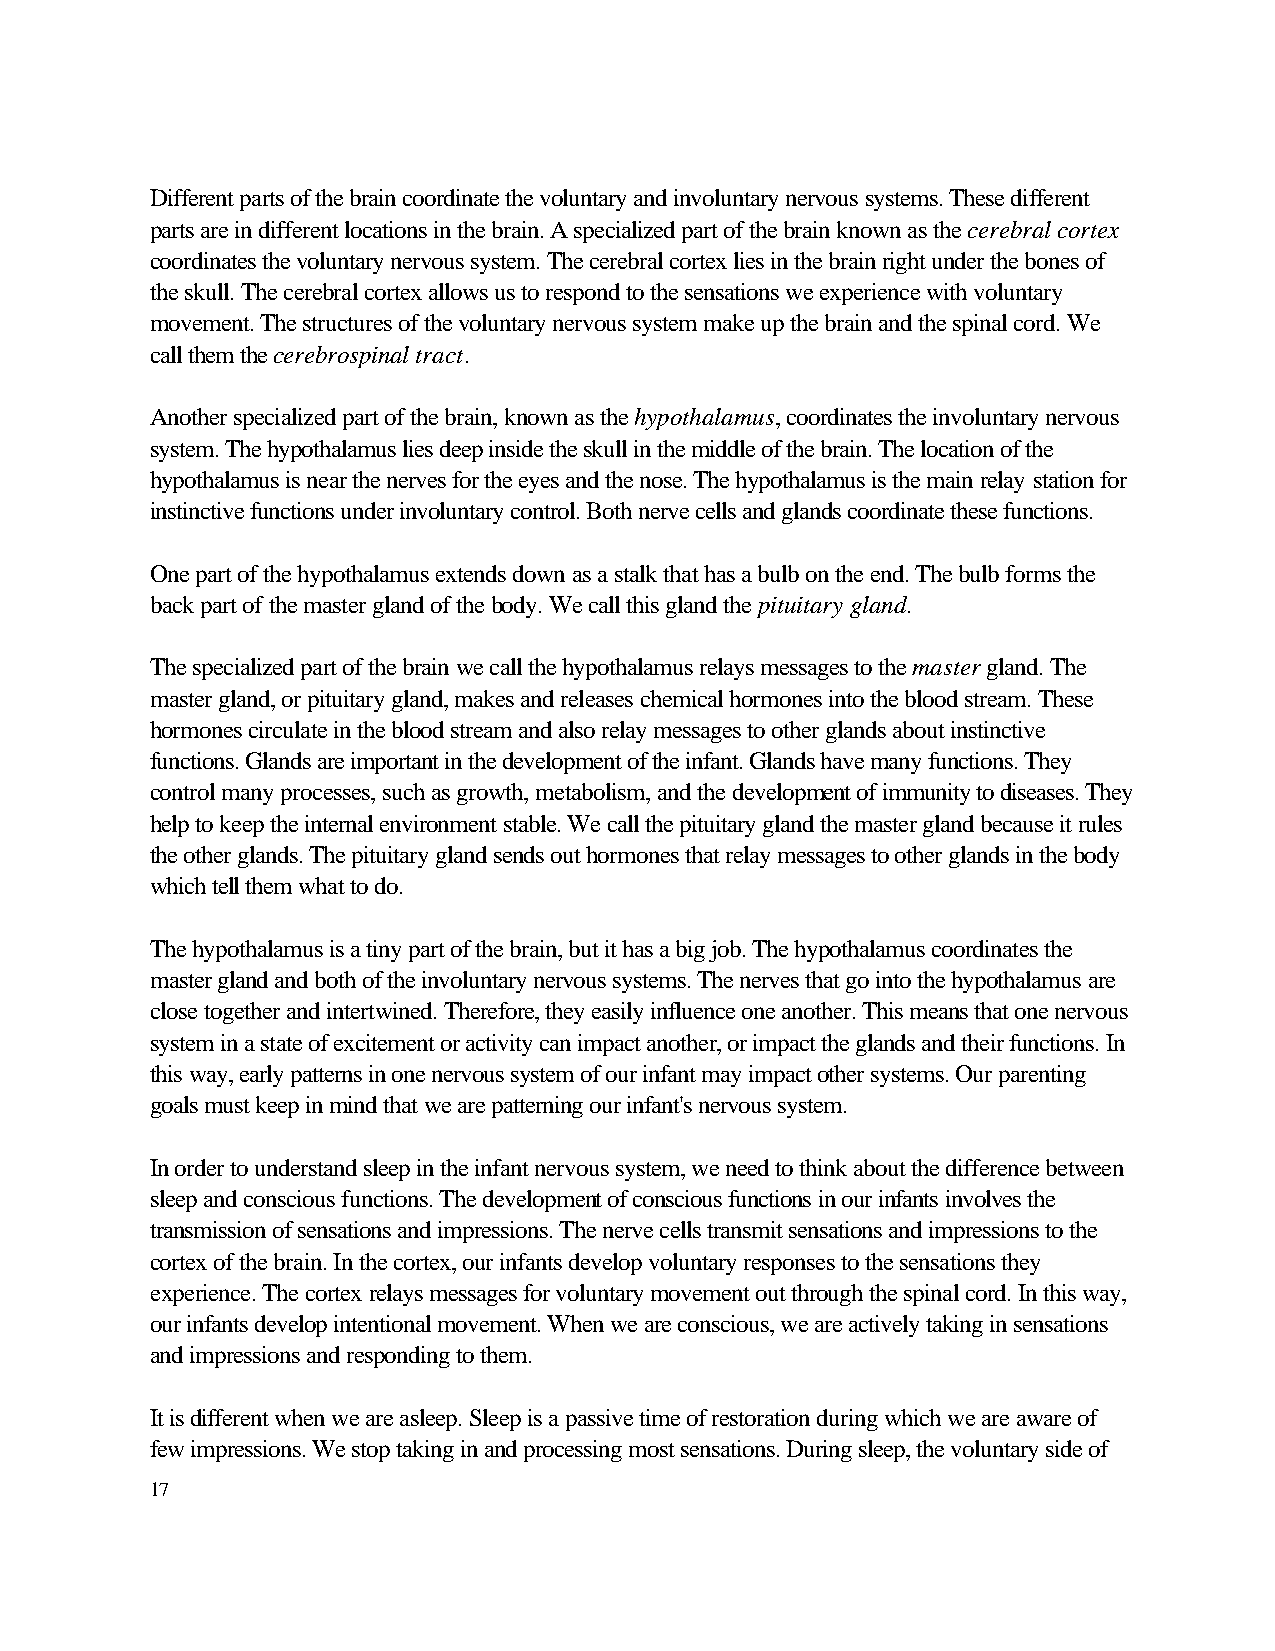
Different parts of the brain coordinate the voluntary and involuntary nervous systems. These different
 parts are in different locations in the brain. A specialized part of the brain known as the cerebral cortex
 coordinates the voluntary nervous system. The cerebral cortex lies in the brain right under the bones of
 the skull. The cerebral cortex allows us to respond to the sensations we experience with voluntary
 movement. The structures of the voluntary nervous system make up the brain and the spinal cord. We
 call them the cerebrospinal tract.
 Another specialized part of the brain, known as the hypothalamus, coordinates the involuntary nervous
 system. The hypothalamus lies deep inside the skull in the middle of the brain. The location of the
 hypothalamus is near the nerves for the eyes and the nose. The hypothalamus is the main relay station for
 instinctive functions under involuntary control. Both nerve cells and glands coordinate these functions.
 One part of the hypothalamus extends down as a stalk that has a bulb on the end. The bulb forms the
 back part of the master gland of the body. We call this gland the pituitary gland.
 The specialized part of the brain we call the hypothalamus relays messages to the master gland. The
 master gland, or pituitary gland, makes and releases chemical hormones into the blood stream. These
 hormones circulate in the blood stream and also relay messages to other glands about instinctive
 functions. Glands are important in the development of the infant. Glands have many functions. They
 control many processes, such as growth, metabolism, and the development of immunity to diseases. They
 help to keep the internal environment stable. We call the pituitary gland the master gland because it rules
 the other glands. The pituitary gland sends out hormones that relay messages to other glands in the body
 which tell them what to do.
 The hypothalamus is a tiny part of the brain, but it has a big job. The hypothalamus coordinates the
 master gland and both of the involuntary nervous systems. The nerves that go into the hypothalamus are
 close together and intertwined. Therefore, they easily influence one another. This means that one nervous
 system in a state of excitement or activity can impact another, or impact the glands and their functions. In
 this way, early patterns in one nervous system of our infant may impact other systems. Our parenting
 goals must keep in mind that we are patterning our infant's nervous system.
 In order to understand sleep in the infant nervous system, we need to think about the difference between
 sleep and conscious functions. The development of conscious functions in our infants involves the
 transmission of sensations and impressions. The nerve cells transmit sensations and impressions to the
 cortex of the brain. In the cortex, our infants develop voluntary responses to the sensations they
 experience. The cortex relays messages for voluntary movement out through the spinal cord. In this way,
 our infants develop intentional movement. When we are conscious, we are actively taking in sensations
 and impressions and responding to them.
 It is different when we are asleep. Sleep is a passive time of restoration during which we are aware of
 few impressions. We stop taking in and processing most sensations. During sleep, the voluntary side of
 17